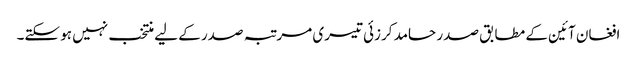
افغان آئین کے مطابق صدر حامد کرزئی تیسری مرتبہ صدر کے لیے منتخب نہیں ہو سکتے۔